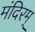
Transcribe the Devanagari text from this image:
मंदिरम्‌